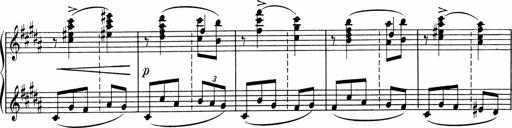
Title: Sonatine pour piano
Composer: Albert Roussel